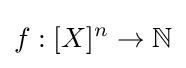
f:[X]^{n}\rightarrow \mathbb {N}